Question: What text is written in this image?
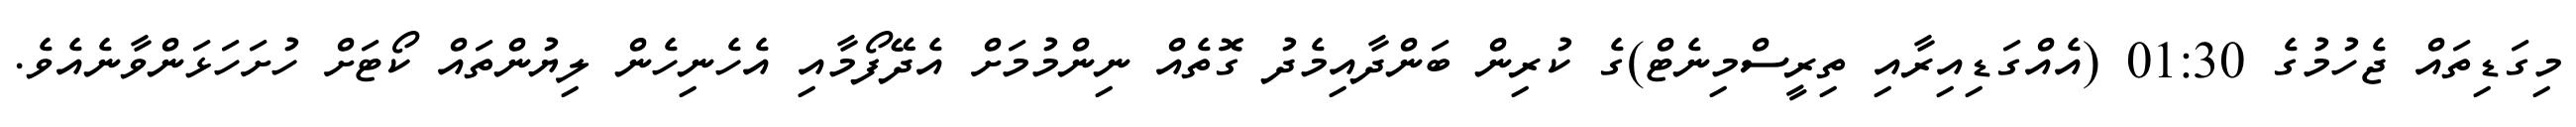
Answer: މިގަޑިތައް ޖެހުމުގެ 01:30 (އެއްގަޑިއިރާއި ތިރީސްމިނެޓް)ގެ ކުރިން ބަންދާއިމެދު ގޮތެއް ނިންމުމަށް އެދޭފޯމާއި އެހެނިހެން ލިޔުންތައް ކޯޓަށް ހުށަހަޅަންވާނެއެވެ.